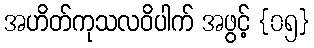
အဟိတ်ကုသလဝိပါက် အဖွင့် {၀၅}